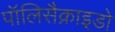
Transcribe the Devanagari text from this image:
पॉलिसैक्राइडो